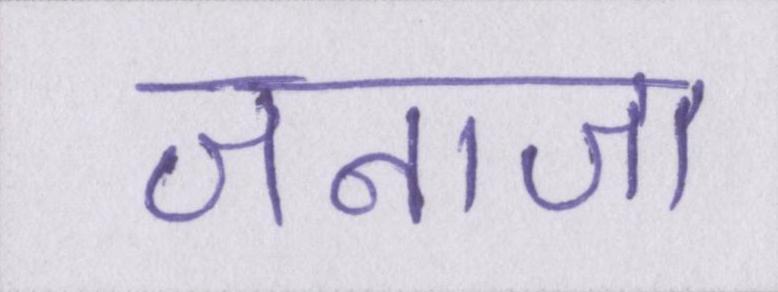
जनाजा